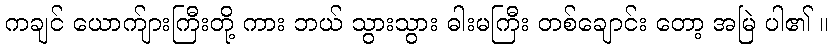
ကချင် ယောက်ျားကြီးတို့ ကား ဘယ် သွားသွား ဓါးမကြီး တစ်ချောင်း တော့ အမြဲ ပါ၏ ။